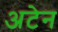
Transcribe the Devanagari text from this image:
अटेन